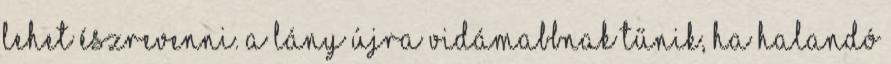
lehet észrevenni. A lány újra vidámabbnak tűnik, ha halandó